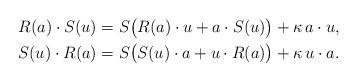
LaTeX: \begin{align*}R(a) \cdot S(u) = S \big( R(a) \cdot u + a \cdot S(u) \big) + \kappa ~ \! a \cdot u,\\S(u) \cdot R(a) = S \big( S(u) \cdot a + u \cdot R(a) \big) + \kappa ~ \! u \cdot a.\end{align*}